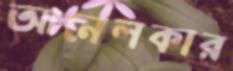
আনেলকার